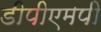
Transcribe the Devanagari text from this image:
डीपीएमपी